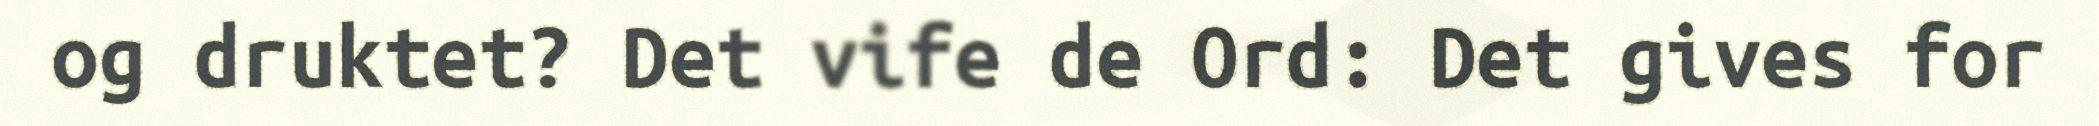
og druktet? Det vife de Ord: Det gives for